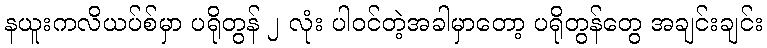
နယူးကလိယပ်စ်မှာ ပရိုတွန် ၂ လုံး ပါဝင်တဲ့အခါမှာတော့ ပရိုတွန်တွေ အချင်းချင်း